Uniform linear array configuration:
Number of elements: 4
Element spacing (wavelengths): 0.75
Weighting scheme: hamming
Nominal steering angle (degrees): -45
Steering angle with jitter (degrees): -46.68
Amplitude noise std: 0.05
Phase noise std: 0.05

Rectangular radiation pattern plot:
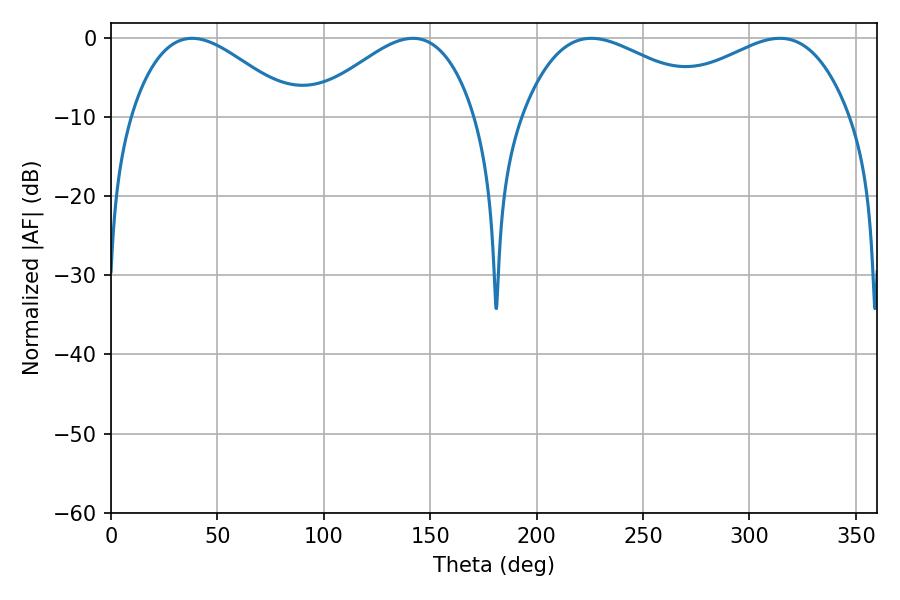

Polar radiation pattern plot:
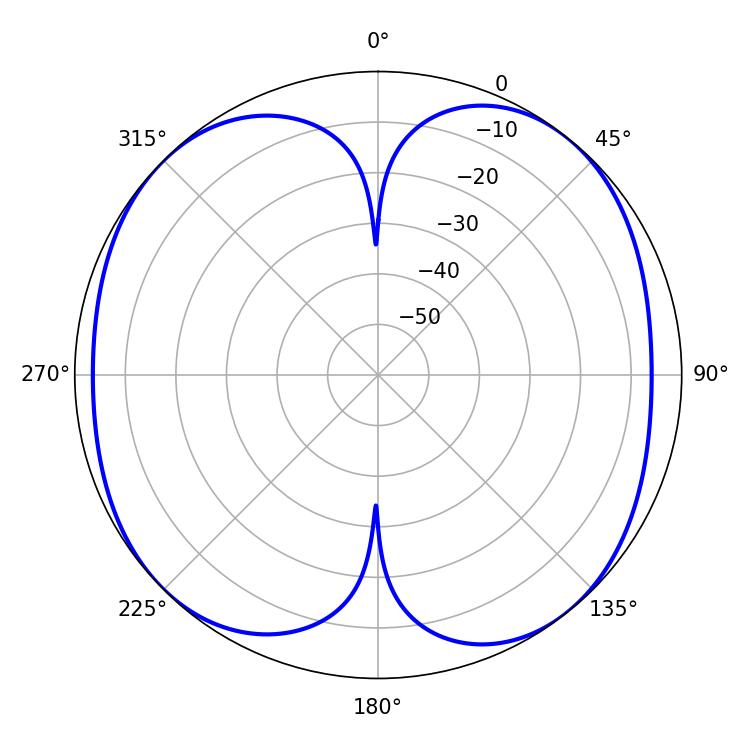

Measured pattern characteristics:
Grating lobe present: TRUE
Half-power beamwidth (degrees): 51.3
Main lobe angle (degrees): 225.72